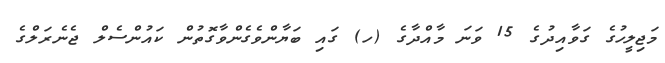
މަޖިލީހުގެ ގަވާއިދުގެ 15 ވަނަ މާއްދާގެ (ހ) ގައި ބަޔާންވެގެންވާގޮތުން ކައުންސެލް ޖެނެރަލްގެ